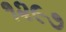
૧૨૯૭